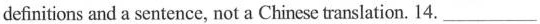
definitions and a sentence, not a Chinese translation. 14. ___